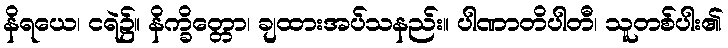
နိရယေ၊ ငရဲ၌။ နိက္ခိတ္တော၊ ချထားအပ်သနည်း။ ပါဏာတိပါတီ၊ သူတစ်ပါး၏